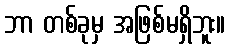
ဘာ တစ်ခုမှ အဖြစ်မရှိဘူး။